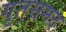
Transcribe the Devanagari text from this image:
गृतसमद